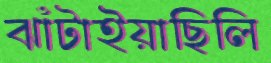
ঝাঁটাইয়াছিলি